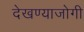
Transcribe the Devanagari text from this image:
देखण्याजोगी